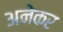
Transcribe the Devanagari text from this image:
अनेकर